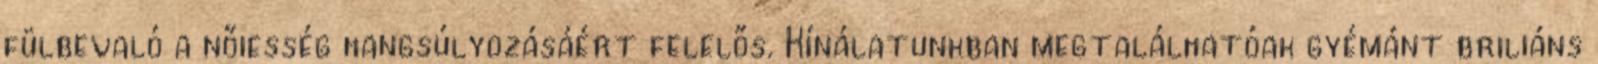
fülbevaló a nőiesség hangsúlyozásáért felelős. Kínálatunkban megtalálhatóak gyémánt briliáns